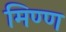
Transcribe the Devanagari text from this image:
मिण्ण